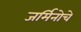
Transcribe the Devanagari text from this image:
जर्मिनोचे